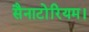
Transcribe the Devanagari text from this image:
सैनाटोरियम।